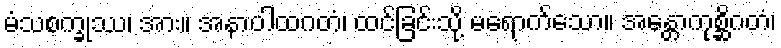
မံသစက္ခုဿ၊ အား။ အနာပါထဂတံ၊ ထင်ခြင်းသို့ မရောက်သော။ အန္တောကုစ္ဆိဂတံ၊